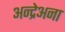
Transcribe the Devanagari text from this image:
अन्द्रेअना